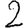
Digit: 2